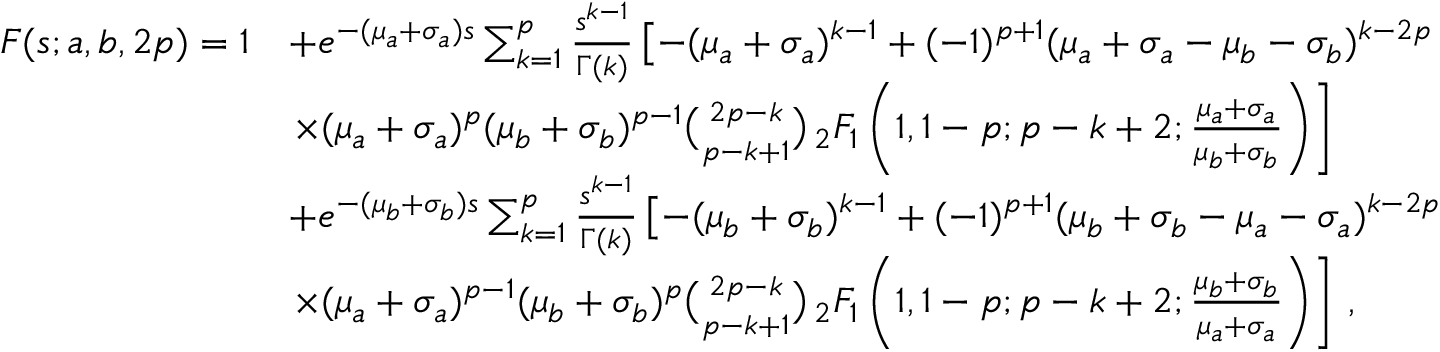
\begin{array} { r l } { F ( s ; a , b , 2 p ) = 1 } & { + e ^ { - ( \mu _ { a } + \sigma _ { a } ) s } \sum _ { k = 1 } ^ { p } \frac { s ^ { k - 1 } } { \Gamma ( k ) } \left[ - ( \mu _ { a } + \sigma _ { a } ) ^ { k - 1 } + ( - 1 ) ^ { p + 1 } ( \mu _ { a } + \sigma _ { a } - \mu _ { b } - \sigma _ { b } ) ^ { k - 2 p } \right. } \\ & { \left. \times ( \mu _ { a } + \sigma _ { a } ) ^ { p } ( \mu _ { b } + \sigma _ { b } ) ^ { p - 1 } \binom { 2 p - k } { p - k + 1 } \, _ { 2 } F _ { 1 } \left( 1 , 1 - p ; p - k + 2 ; \frac { \mu _ { a } + \sigma _ { a } } { \mu _ { b } + \sigma _ { b } } \right) \right] } \\ & { + e ^ { - ( \mu _ { b } + \sigma _ { b } ) s } \sum _ { k = 1 } ^ { p } \frac { s ^ { k - 1 } } { \Gamma ( k ) } \left[ - ( \mu _ { b } + \sigma _ { b } ) ^ { k - 1 } + ( - 1 ) ^ { p + 1 } ( \mu _ { b } + \sigma _ { b } - \mu _ { a } - \sigma _ { a } ) ^ { k - 2 p } \right. } \\ & { \left. \times ( \mu _ { a } + \sigma _ { a } ) ^ { p - 1 } ( \mu _ { b } + \sigma _ { b } ) ^ { p } \binom { 2 p - k } { p - k + 1 } \, _ { 2 } F _ { 1 } \left( 1 , 1 - p ; p - k + 2 ; \frac { \mu _ { b } + \sigma _ { b } } { \mu _ { a } + \sigma _ { a } } \right) \right] \, , } \end{array}